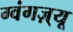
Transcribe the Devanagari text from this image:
ग्वंगज़्यू